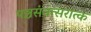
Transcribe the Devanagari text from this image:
पञ्चसंवत्सरात्क